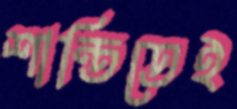
শান্তিতেই